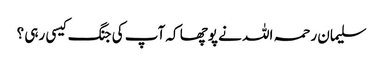
سلیمان رحمہ اللہ نے پوچھا کہ آپ کی جنگ کیسی رہی ؟